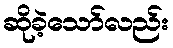
ဆိုခဲ့သော်လည်း